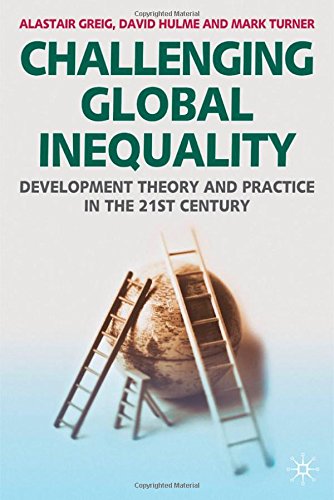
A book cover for Challenging Global Inequality: Development Theory and Practice in the 21st Century; Alastair Greig; Business & Money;